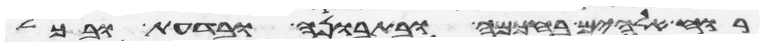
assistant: רוח אלהים בחכמה ובתבונה ובדעת ובכל